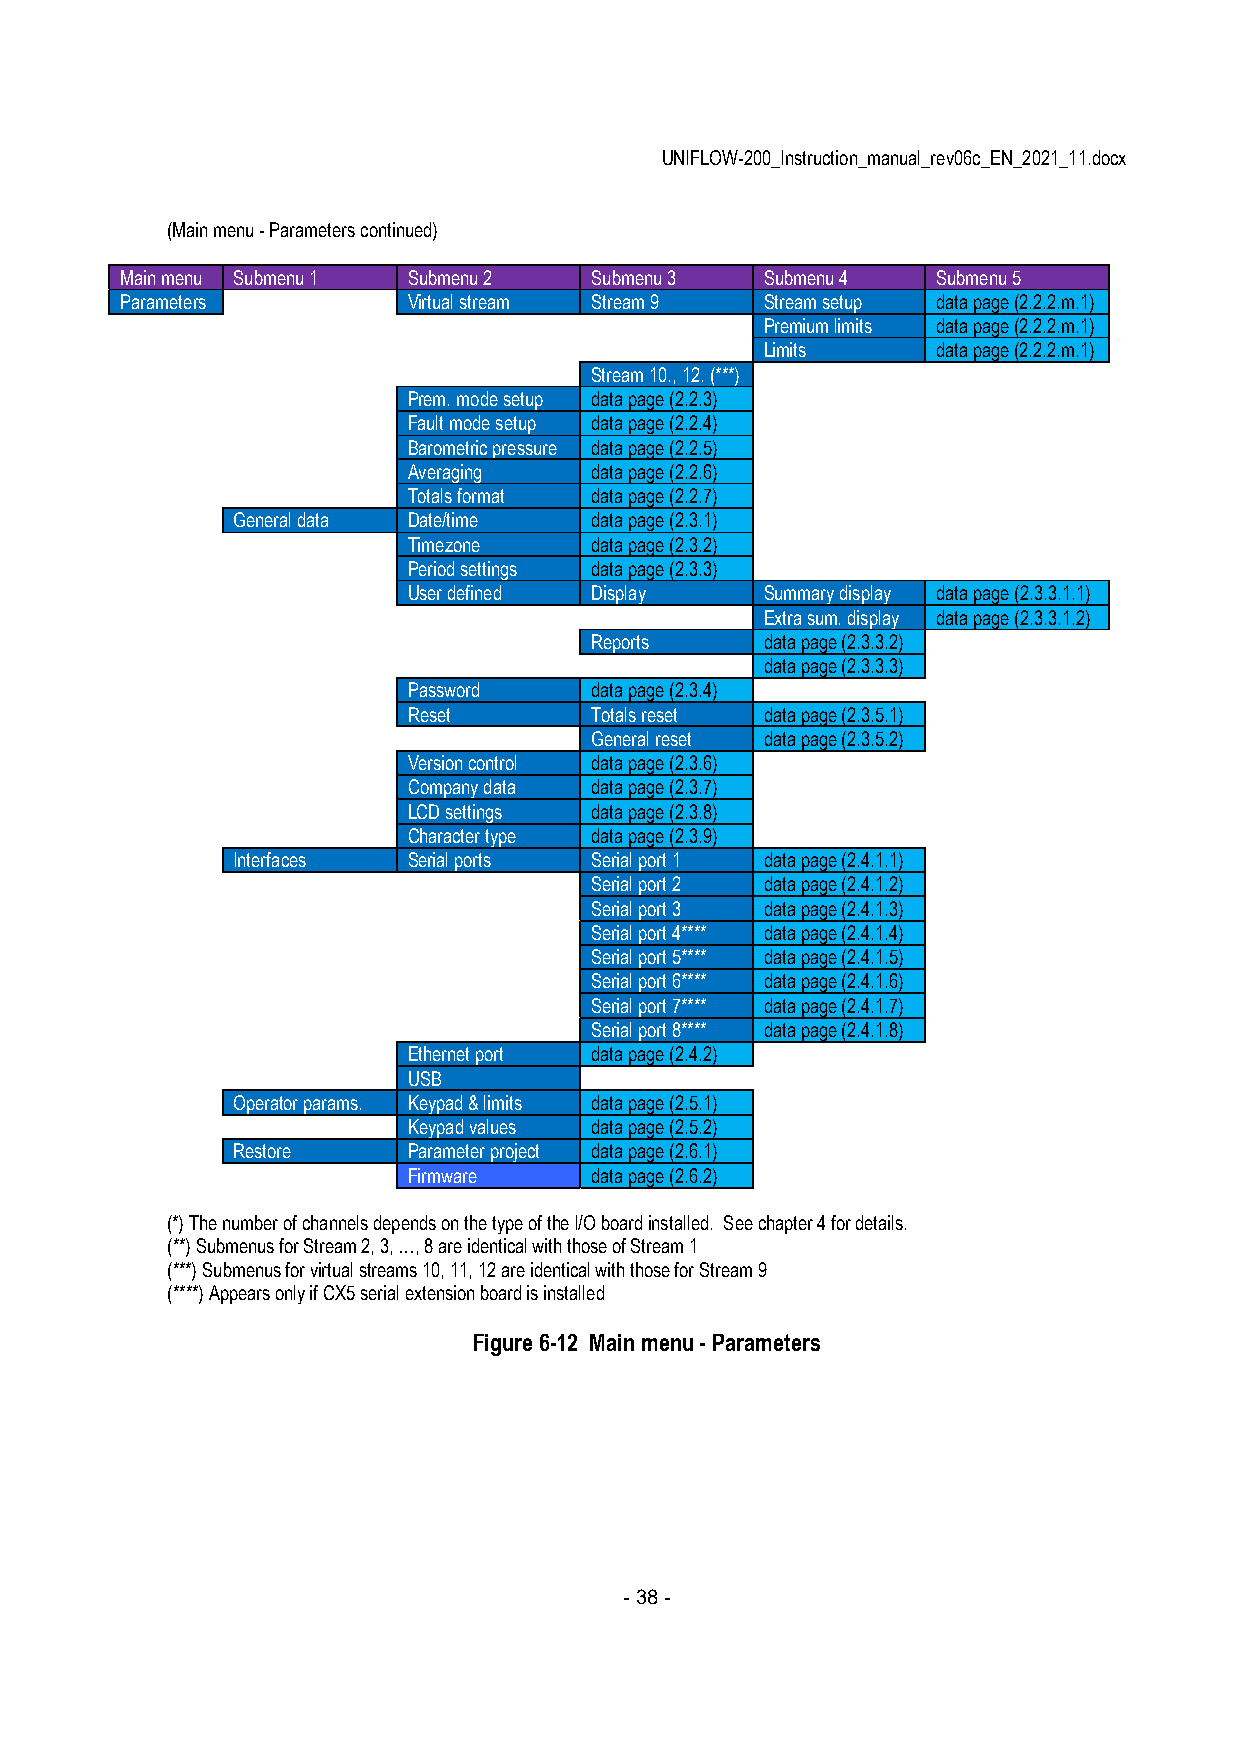
UNIFLOW-200_Instruction_manual_rev06c_EN_2021_11.docx
 (Main menu - Parameters continued)
 Main menu Submenu 1 Submenu 2  Submenu 3   Submenu 4  Submenu 5
 Parameters         Virtual stream Stream 9 Stream setup data page (2.2.2.m.1)
 Premium limits data page (2.2.2.m.1)
 Limits     data page (2.2.2.m.1)
 Stream 10., 12. (***)
 Prem. mode setup data page (2.2.3)
 Fault mode setup data page (2.2.4)
 Barometric pressure data page (2.2.5)
 Averaging   data page (2.2.6)
 Totals format data page (2.2.7)
 General data Date/time  data page (2.3.1)
 Timezone    data page (2.3.2)
 Period settings data page (2.3.3)
 User defined Display    Summary display data page (2.3.3.1.1)
 Extra sum. display data page (2.3.3.1.2)
 Reports     data page (2.3.3.2)
 Trends      data page (2.3.3.3)
 Password    data page (2.3.4)
 Reset       Totals reset data page (2.3.5.1)
 General reset data page (2.3.5.2)
 Version control data page (2.3.6)
 Company data data page (2.3.7)
 LCD settings data page (2.3.8)
 Character type data page (2.3.9)
 Interfaces  Serial ports Serial port 1 data page (2.4.1.1)
 Serial port 2 data page (2.4.1.2)
 Serial port 3 data page (2.4.1.3)
 Serial port 4**** data page (2.4.1.4)
 Serial port 5**** data page (2.4.1.5)
 Serial port 6**** data page (2.4.1.6)
 Serial port 7**** data page (2.4.1.7)
 Serial port 8**** data page (2.4.1.8)
 Ethernet port data page (2.4.2)
 USB
 Operator params. Keypad & limits data page (2.5.1)
 Keypad values data page (2.5.2)
 Restore     Parameter project data page (2.6.1)
 Firmware    data page (2.6.2)
 (*) The number of channels depends on the type of the I/O board installed. See chapter 4 for details.
 (**) Submenus for Stream 2, 3, …, 8 are identical with those of Stream 1
 (***) Submenus for virtual streams 10, 11, 12 are identical with those for Stream 9
 (****) Appears only if CX5 serial extension board is installed
 Figure 6-12 Main menu - Parameters
 - 38 -